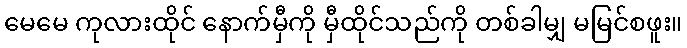
မေမေ ကုလားထိုင် နောက်မှီကို မှီထိုင်သည်ကို တစ်ခါမျှ မမြင်စဖူး။